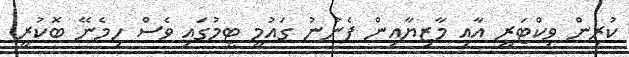
ކުރިން ވިކްޓަރީ އާއި މާޒިޔާއިން ފެނުނު ގައުމީ ޓީމުގައި ވެސް ހިމެނޭ ބޮކުރީ